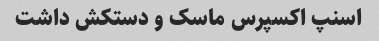
اسنپ اکسپرس ماسک و دستکش داشت